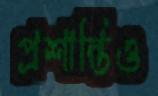
প্রশান্তিও